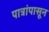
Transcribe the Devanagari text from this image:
पात्रांपासून